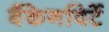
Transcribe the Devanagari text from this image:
बैंकेनविर्टे